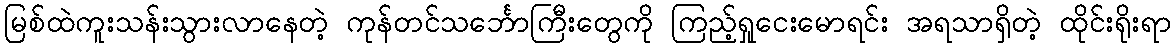
မြစ်ထဲကူးသန်းသွားလာနေတဲ့ ကုန်တင်သင်္ဘောကြီးတွေကို ကြည့်ရှုငေးမောရင်း အရသာရှိတဲ့ ထိုင်းရိုးရာ